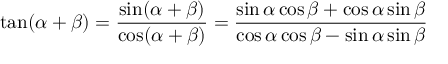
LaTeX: \tan ( \alpha + \beta ) = { \frac { \sin ( \alpha + \beta ) } { \cos ( \alpha + \beta ) } } = { \frac { \sin \alpha \cos \beta + \cos \alpha \sin \beta } { \cos \alpha \cos \beta - \sin \alpha \sin \beta } }